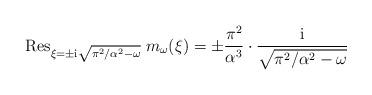
LaTeX: \begin{align*}\mathrm{Res}_{\xi = \pm \mathrm{i} \sqrt{\pi^2/\alpha^2-\omega} } \; m_\omega(\xi) = \pm \frac{\pi^2}{\alpha^3} \cdot \frac{\mathrm{i} }{\sqrt{\pi^2/\alpha^2-\omega}} \end{align*}